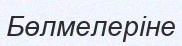
Бөлмелеріне